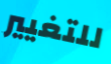
للتغيير